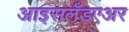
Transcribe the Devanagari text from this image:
आइसलँडएअर